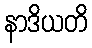
နာဒိယတိ